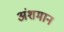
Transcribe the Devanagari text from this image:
अंशमान